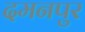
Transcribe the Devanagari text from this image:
दमनपुर